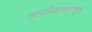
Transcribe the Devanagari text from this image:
अत्यधिकमहत्वपूर्ण